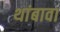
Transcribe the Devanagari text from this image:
थांबावा